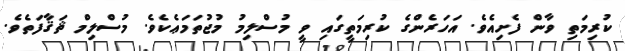
ކުރިމަތި ވާން ފެށިއެވެ. އަހަރެންގެ ކުރިމަތީގައި ވީ މުސްލިމު މުޖުތަމަޢެކެވެ. މުސްލިމް ޘަޤާފަތެވެ.